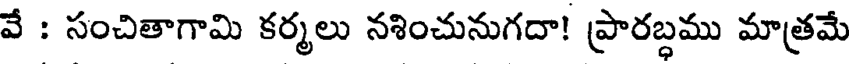
వే : సంచితాగామి కర్మలు నశించునుగదా! ప్రారబ్ధము మాత్రమే